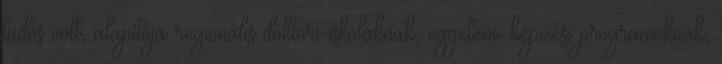
tudós volt, alapítója regionális doktori iskoláknak, egyetemi képzési programoknak,